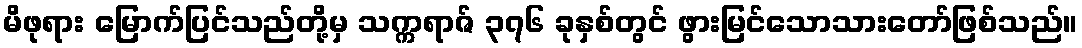
မိဖုရား မြောက်ပြင်သည်တို့မှ သက္ကရာဇ် ၃၇၆ ခုနှစ်တွင် ဖွားမြင်သောသားတော်ဖြစ်သည်။